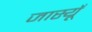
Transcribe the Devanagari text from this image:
जास्यूँ